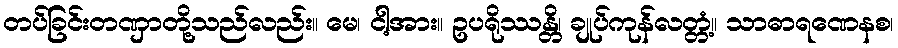
တပ်ခြင်းတဏှာတို့သည်လည်း။ မေ၊ ငါ့အား။ ဥပရိုဿန္တိ၊ ချုပ်ကုန်လတ္တံ့။ သာဓာရဏေနစ၊